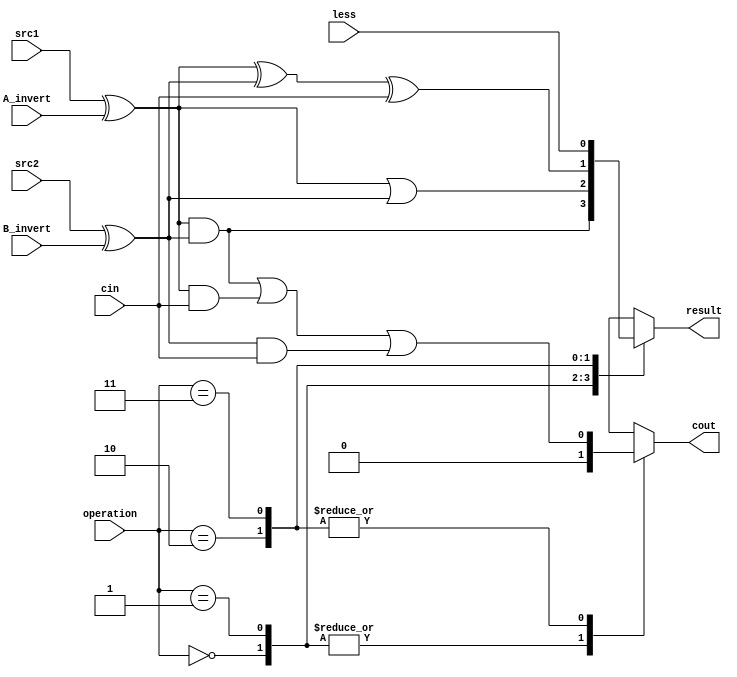
`timescale 1ns/1ps

//////////////////////////////////////////////////////////////////////////////////
// Company:
// Engineer:
//
// Design Name:
// Module Name:    alu_top
// Project Name:
// Target Devices:
// Tool versions:
// Description:
//
// Dependencies:
//dddd
// Revision:
// Revision 0.01 - File Created
// Additional Comments:
//
//////////////////////////////////////////////////////////////////////////////////

module alu_top(
               src1,       //1 bit source 1 (input)
               src2,       //1 bit source 2 (input)
               less,       //1 bit less     (input)
               A_invert,   //1 bit A_invert (input)
               B_invert,   //1 bit B_invert (input)
               cin,        //1 bit carry in (input)
               operation,  //operation      (input)
               result,     //1 bit result   (output)
               cout        //1 bit carry out(output)
               );

input         src1;
input         src2;
input         less;
input         A_invert;
input         B_invert;
input         cin;
input [2-1:0] operation;

output        result;
output        cout;

reg           cout;
reg           result;


reg a, b;

always@( * )
begin
  a = src1 ^ A_invert;  // the mux to get real operand a
  b = src2 ^ B_invert;  // get b

  case (operation[1:0])
      // and/or/add/slt
      4'b00: begin result = a&b; cout = 0; end   // use the builtin and/or operators
      4'b01: begin result = a|b; cout = 0; end
      4'b10: begin result = a^b^cin; cout = a&b | a&cin | b&cin; end   // this is a full adder
      4'b11: begin result = less; cout = a&b | a&cin | b&cin; end      // set less to result, pass the carry to next stage
    endcase
end
endmodule